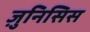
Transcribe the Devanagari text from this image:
ज़ुनिसिस